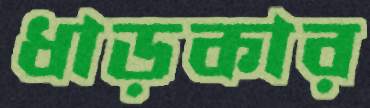
ধাড়কার